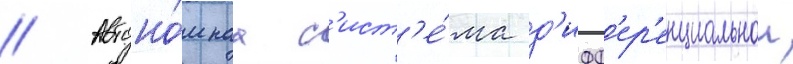
// Автоно́мнаа с'ист'е́ма д'ифф'ер'енциальнои